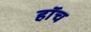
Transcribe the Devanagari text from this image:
हाॅच